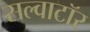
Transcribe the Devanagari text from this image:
सल्वाटॉर